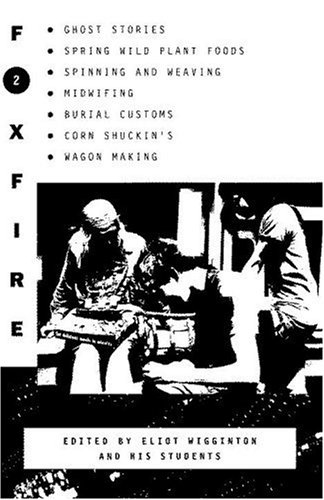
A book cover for Foxfire 2: Ghost Stories, Spring Wild Plant Foods, Spinning and Weaving, Midwifing, Burial Customs, Corn Shuckin's, Wagon Making and More Affairs of Plain Living; Crafts, Hobbies & Home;